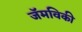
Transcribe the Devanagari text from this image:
जॅमविकी